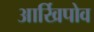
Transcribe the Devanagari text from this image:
आर्खिपोव